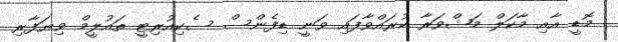
މޮޑީ އާއި މާކަލް މަޝްވަރާ ކުރައްވާފައި ވަނީ ޑިފެންސް ސެކިއުރިޓީ ތައުލީމް ވިޔަފާރި